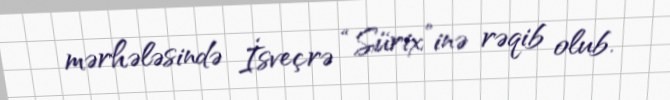
mərhələsində İsveçrə “Sürix”inə rəqib olub.